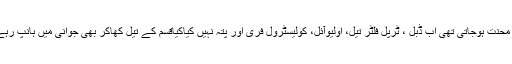
پہلے کے تیل میں کھاکربڑھاپے میں محنت ہوجاتی تھی اب ڈبل ، ٹرپل فلٹر تیل، اولیوآئل، کولیسٹرول فری اور پتہ نہیں کیاکیاقسم کے تیل کھاکر بھی جوانی میں ہانپ رہے ہوتے ہیں، یہ کیسی جمہوریت ہے؟